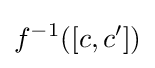
f^{-1}([c,c'])